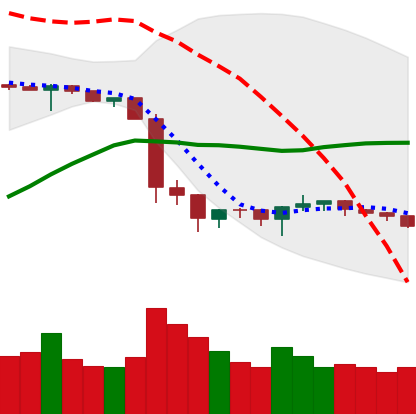
Ticker: BTC-USD
Chart end date: 2019-10-06
Forward return: 4.176%
Label: up_3_5